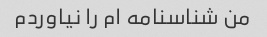
من شناسنامه ام را نیاوردم